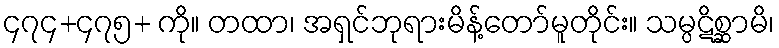
၄၇၄+၄၇၅+ ကို။ တထာ၊ အရှင်ဘုရားမိန့်တော်မူတိုင်း။ သမ္ပဋိစ္ဆာမိ၊